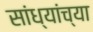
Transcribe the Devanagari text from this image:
सांध्यांच्या